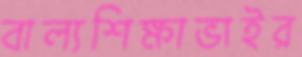
বাল্যশিক্ষাভাইর